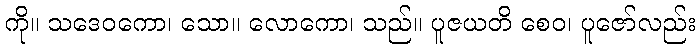
ကို။ သဒေဝကော၊ သော။ လောကော၊ သည်။ ပူဇယတိ စေဝ၊ ပူဇော်လည်း